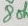
Text: 8oh